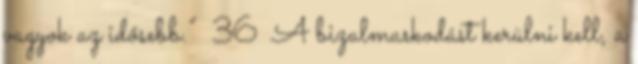
vagyok az idősebb.” 36 A bizalmaskodást kerülni kell, a